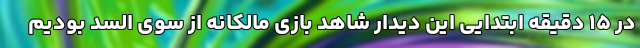
در ۱۵ دقیقه ابتدایی این دیدار شاهد بازی مالکانه از سوی السد بودیم